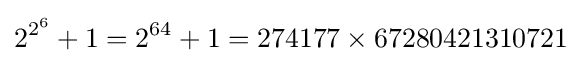
2^{2^{6}}+1=2^{64}+1=274177\times 67280421310721